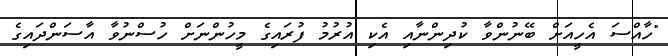
"ހާއްސަ އެހީއަށް ބޭނުންވާ ކުދިންނާއި އެކި އުރުމު ފުރައިގެ މީހުންނަށް ހުސްނުވާ އާސަންދައިގެ